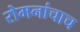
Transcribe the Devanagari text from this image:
रोमनांचाच